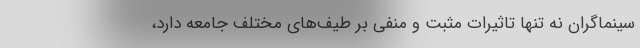
سینماگران نه تنها تاثیرات مثبت و منفی بر طیف‌های مختلف جامعه دارد،